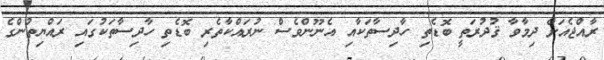
ރާއްޖެއަށް ދިމާވާ ޤުދުރަތީ ބޮޑެތި ހާދިސާތަކާއި އެނޫންވެސް ނުރައްކާތެރި ބޮޑެތި ހާދިސާތަކުގައި ރައްޔިތުންގެ